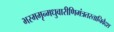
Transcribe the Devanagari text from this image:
भस्ममृन्मधुवारीणिमंत्रतस्तानिवैदश